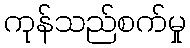
ကုန်သည်စက်မှု